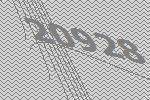
20928